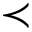
\prec